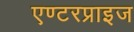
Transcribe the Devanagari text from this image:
एण्टरप्राइज